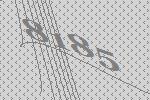
8185